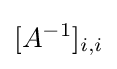
[A^{-1}]_{i,i}